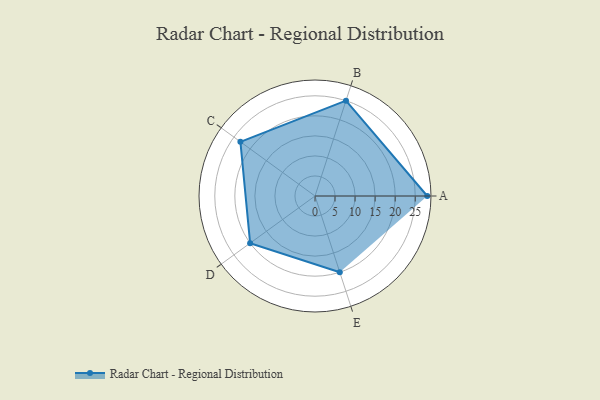
{"axis": {"x": "Skill", "y": "Score"}, "legend": ["Profile"], "data": [{"x": "A", "y": 28.0, "type": "Profile"}, {"x": "B", "y": 25.0, "type": "Profile"}, {"x": "C", "y": 23.0, "type": "Profile"}, {"x": "D", "y": 20, "type": "Profile"}, {"x": "E", "y": 20, "type": "Profile"}]}